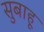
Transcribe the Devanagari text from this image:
सुबाहू